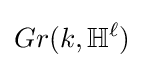
Gr(k,\mathbb {H} ^{\ell })